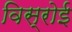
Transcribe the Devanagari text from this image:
विस्रोई